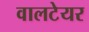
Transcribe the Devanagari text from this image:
वालटेयर